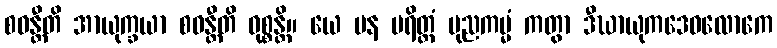
စဝန္တီတိ အာယုက္ခယာ စဝန္တီတိ ဝုစ္စန္တိ။ ယေ ပန ပရိတ္တံ ပုညကမ္မံ ကတွာ ဒီဃာယုကဒေဝလောကေ